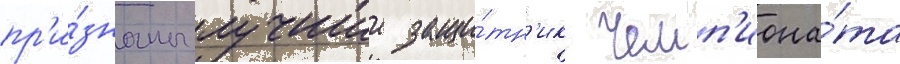
пр'и́знаны лучшии защи́тн'ик чемп'иона́та